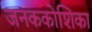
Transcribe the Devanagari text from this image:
जनककोशिका